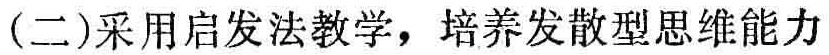
(二)采用启发法教学，培养发散型思维能力